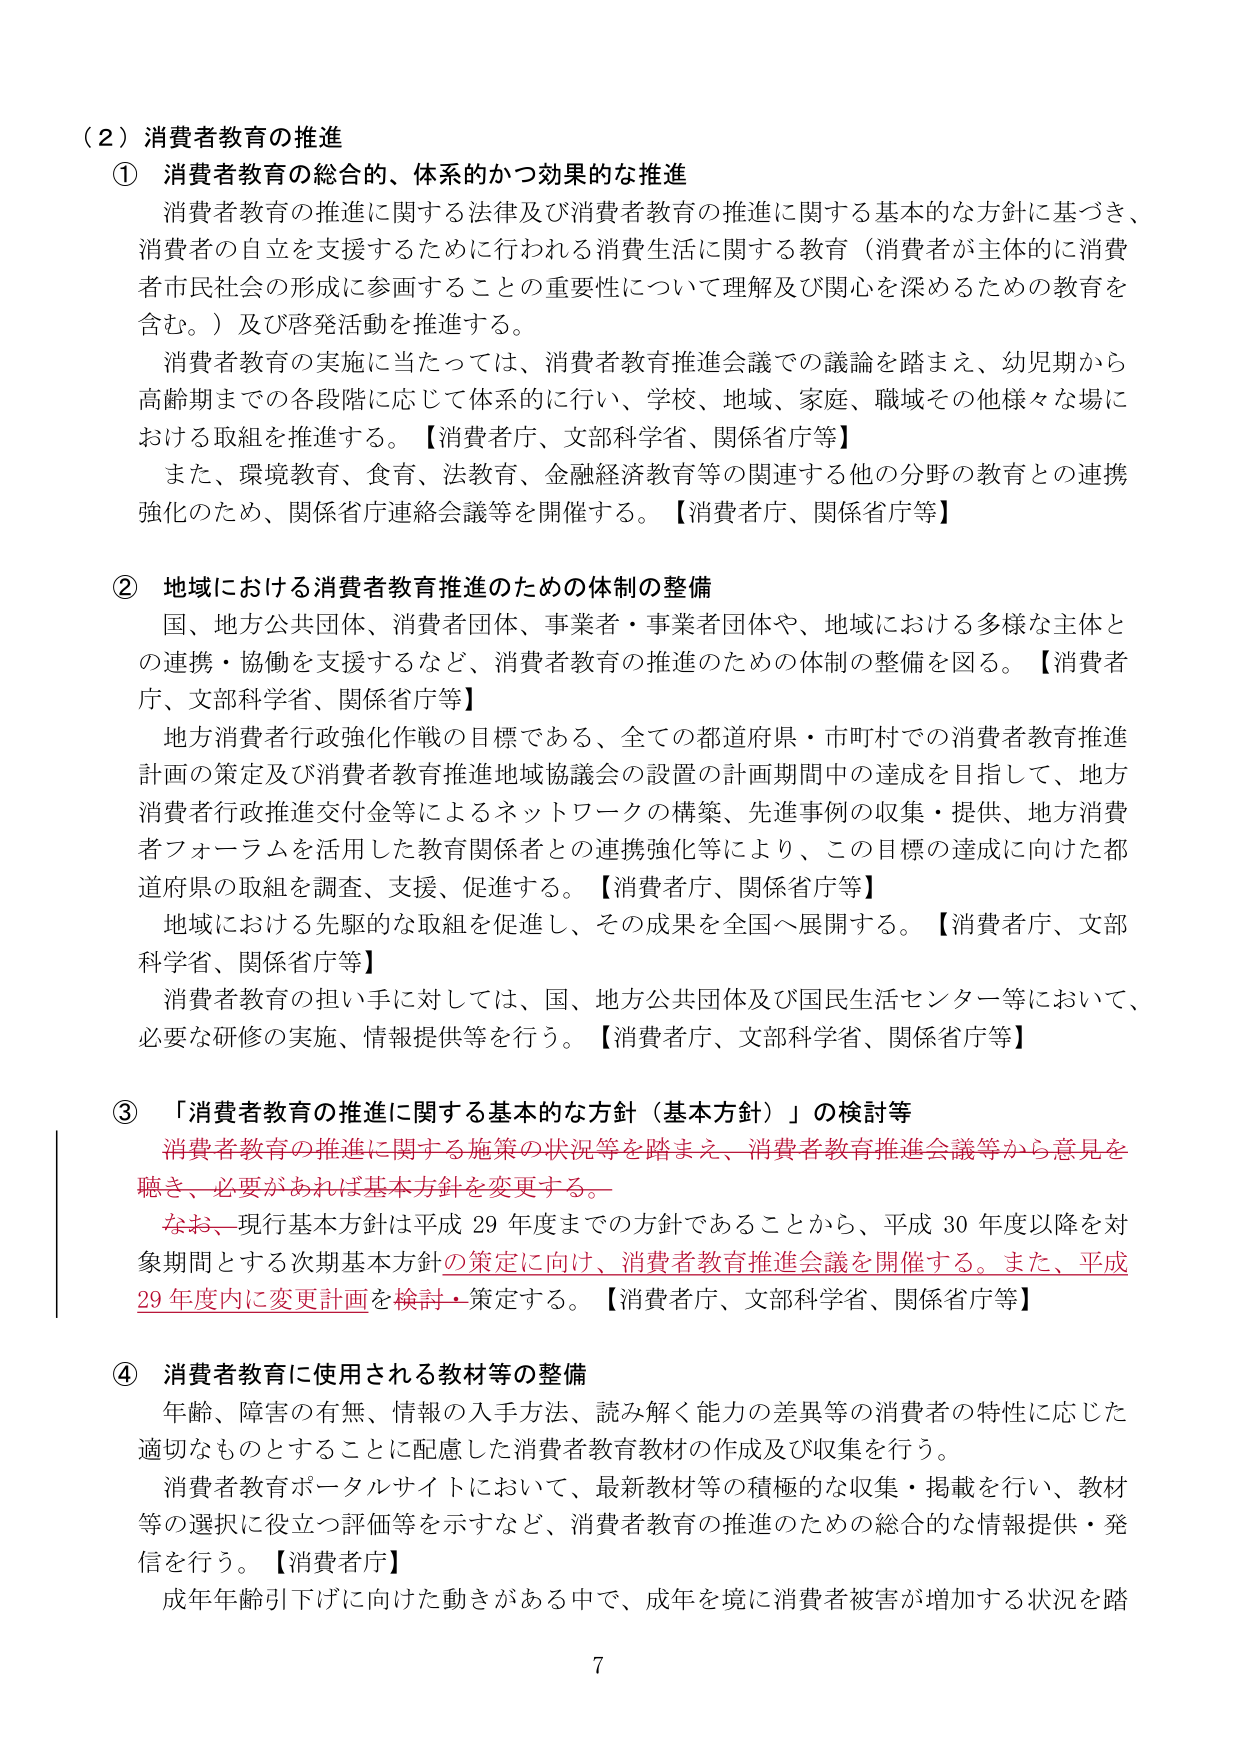
（２）消費者教育の推進

① 消費者教育の総合的、体系的かつ効果的な推進

消費者教育の推進に関する法律及び消費者教育の推進に関する基本的な方針に基づき、消費者の自立を支援するために行われる消費生活に関する教育（消費者が主体的に消費者市民社会の形成に参画することの重要性について理解及び関心を深めるための教育を含む。）及び啓発活動を推進する。

消費者教育の実施に当たっては、消費者教育推進会議での議論を踏まえ、幼児期から高齢期までの各段階に応じて体系的に行い、学校、地域、家庭、職域その他様々な場における取組を推進する。【消費者庁、文部科学省、関係省庁等】

また、環境教育、食育、法教育、金融経済教育等の関連する他の分野の教育との連携強化のため、関係省庁連絡会議等を開催する。【消費者庁、関係省庁等】

② 地域における消費者教育推進のための体制の整備

国、地方公共団体、消費者団体、事業者・事業者団体や、地域における多様な主体との連携・協働を支援するなど、消費者教育の推進のための体制の整備を図る。【消費者庁、文部科学省、関係省庁等】

地方消費者行政強化作戦の目標である、全ての都道府県・市町村での消費者教育推進計画の策定及び消費者教育推進地域協議会の設置の計画期間中の達成を目指して、地方消費者行政推進交付金等によるネットワークの構築、先進事例の収集・提供、地方消費者フォーラムを活用した教育関係者との連携強化等により、この目標の達成に向けた都道府県の取組を調査、支援、促進する。【消費者庁、関係省庁等】

地域における先駆的な取組を促進し、その成果を全国へ展開する。【消費者庁、文部科学省、関係省庁等】

消費者教育の担い手に対しては、国、地方公共団体及び国民生活センター等において、必要な研修の実施、情報提供等を行う。【消費者庁、文部科学省、関係省庁等】

③ 「消費者教育の推進に関する基本的な方針（基本方針）」の検討等

消費者教育の推進に関する施策の状況等を踏まえ、消費者教育推進会議等から意見を聴き、必要があれば基本方針を変更する。

なお、現行基本方針は平成29年度までの方針であることから、平成30年度以降を対象期間とする次期基本方針の策定に向け、消費者教育推進会議を開催する。また、平成29年度内に変更計画を検討・策定する。【消費者庁、文部科学省、関係省庁等】

④ 消費者教育に使用される教材等の整備

年齢、障害の有無、情報の入手方法、読み解く能力の差異等の消費者の特性に応じた適切なものとすることに配慮した消費者教育教材の作成及び収集を行う。

消費者教育ポータルサイトにおいて、最新教材等の積極的な収集・掲載を行い、教材等の選択に役立つ評価等を示すなど、消費者教育の推進のための総合的な情報提供・発信を行う。【消費者庁】

成年年齢引下げに向けた動きがある中で、成年を境に消費者被害が増加する状況を踏

7